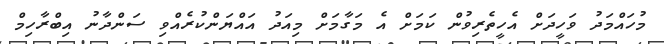
މުހައްމަދު ވަހީދަށް އެހީތެރިވުން ކަމަށް އެ މަގާމަށް މިއަދު އައްޔަންކުރެއްވި ސަންދާނު އިބްރާހިމް